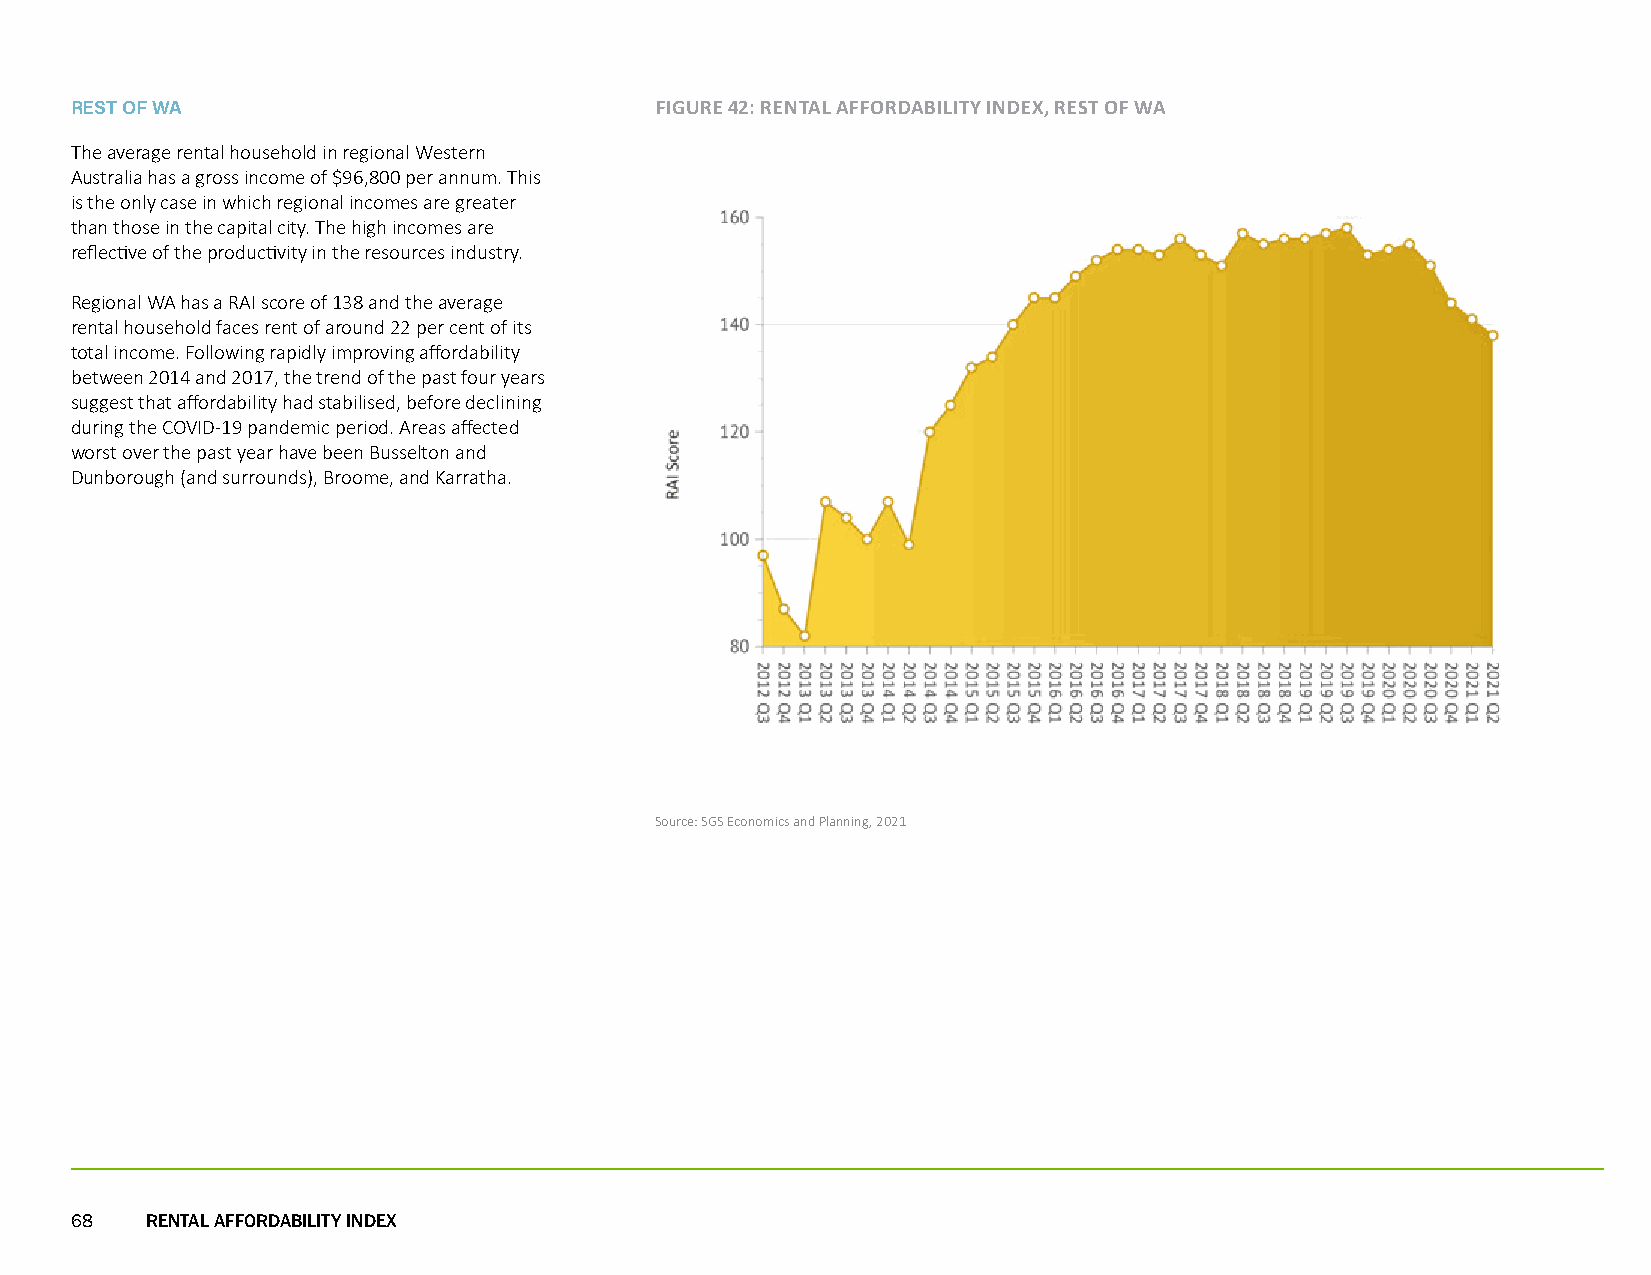
REST OF WA                            FIGURE 42: RENTAL AFFORDABILITY INDEX, REST OF WA
 The average rental household in regional Western
 Australia has a gross income of $96,800 per annum. This
 is the only case in which regional incomes are greater
 than those in the capital city. The high incomes are
 reflective of the productivity in the resources industry.
 Regional WA has a RAI score of 138 and the average
 rental household faces rent of around 22 per cent of its
 total income. Following rapidly improving affordability
 between 2014 and 2017, the trend of the past four years
 suggest that affordability had stabilised, before declining
 during the COVID-19 pandemic period. Areas affected
 worst over the past year have been Busselton and
 Dunborough (and surrounds), Broome, and Karratha.
 Source: SGS Economics and Planning, 2021
 68   RENTAL AFFORDABILITY INDEX